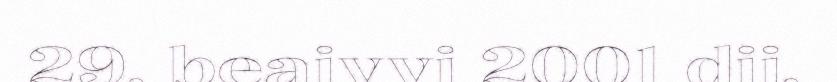
29. beaivvi 2001 dii.